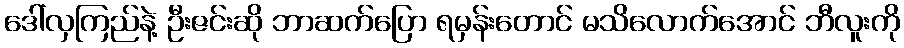
ဒေါ်လှကြည်နဲ့ ဦးဇင်းဆို ဘာဆက်ပြော ရမှန်းတောင် မသိလောက်အောင် ဘီလူးကို